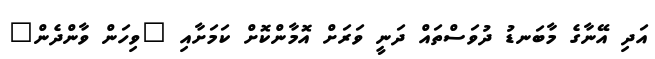
އަދި އޭނާގެ މާބަނޑު ދުވަސްތައް ދަނީ ވަރަށް އޮމާންކޮށް ކަމަށާއި "ވިހަން ވާންދެން"